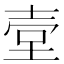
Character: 𡔪